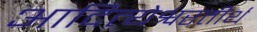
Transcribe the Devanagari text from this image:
आदित्येश्वरतीर्थ